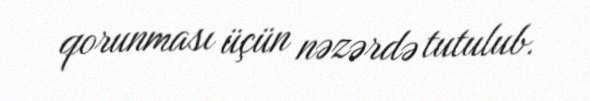
qorunması üçün nəzərdə tutulub.